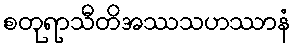
စတုရာသီတိအဿသဟဿာနံ